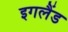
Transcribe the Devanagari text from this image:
इगलैंड